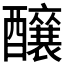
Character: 𮡌